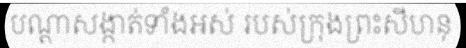
បណ្តាសង្កាត់ទាំងអស់ របស់ក្រុងព្រះសីហនុ